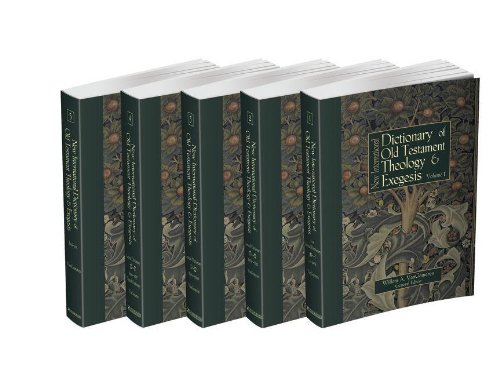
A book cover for New International Dictionary of Old Testament Theology and Exegesis (5 volume set); Willem A. VanGemeren; Christian Books & Bibles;